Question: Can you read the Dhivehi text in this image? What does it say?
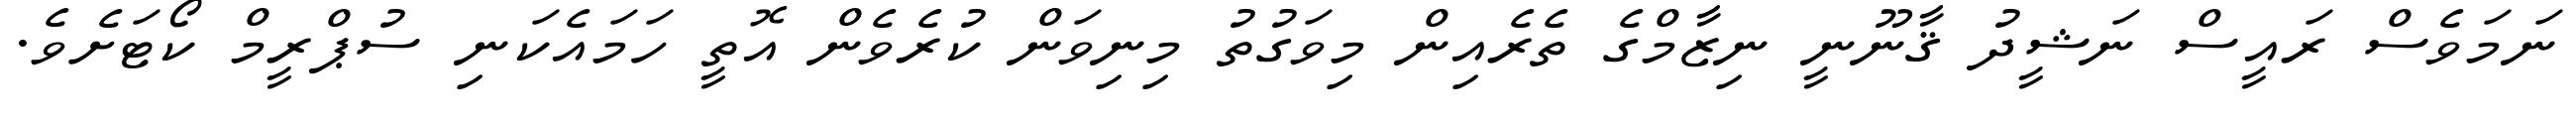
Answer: ނަމަވެސް ރައީސް ނަޝީދު ޤާނޫނީ ނިޒާމްގެ ތެރެއިން މިވަގުތު މިނިވަން ކުރެވެން އޮތީ ހަމައެކަނި ސުޕްރީމް ކޯޓަށެވެ.